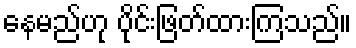
နေမည်ဟု ပိုင်းဖြတ်ထားကြသည်။